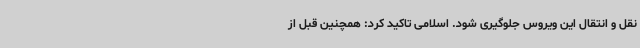
نقل و انتقال این ویروس جلوگیری شود. اسلامی تاکید کرد: همچنین قبل از